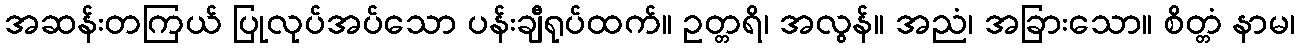
အဆန်းတကြယ် ပြုလုပ်အပ်သော ပန်းချီရုပ်ထက်။ ဥတ္တရိ၊ အလွန်။ အညံ၊ အခြားသော။ စိတ္တံ နာမ၊